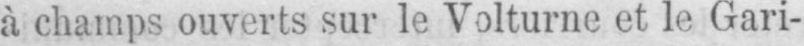
à champs ouverts sur le Volturne et le Gari-